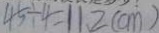
4 5 \div 4 = 1 1 . 2 ( c m )